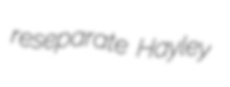
reseparate Hayley